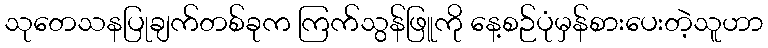
သုတေသနပြုချက်တစ်ခုက ကြက်သွန်ဖြူကို နေ့စဉ်ပုံမှန်စားပေးတဲ့သူဟာ